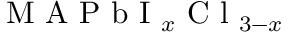
\textrm { M A P b I } _ { x } \textrm { C l } _ { 3 - x }